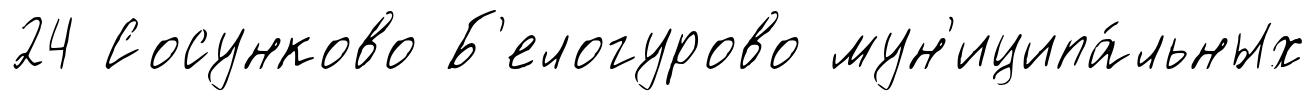
24 Сосунково Б'елогурово мун'иципа́льных